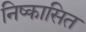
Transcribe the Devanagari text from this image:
निष्कासित